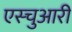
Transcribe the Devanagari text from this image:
एस्चुआरी